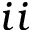
i i